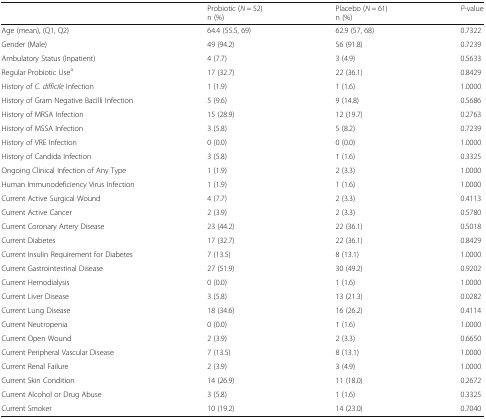
<table><thead><tr><td></td><td><b>Probiotic (<i>N</i> = 52)n (%)</b></td><td><b>Placebo (<i>N</i> = 61)n (%)</b></td><td><b><i>P</i>-value</b></td></tr></thead><tbody><tr><td>Age (mean), (Q1, Q2)</td><td>64.4 (55.5, 69)</td><td>62.9 (57, 68)</td><td>0.7322</td></tr><tr><td>Gender (Male)</td><td>49 (94.2)</td><td>56 (91.8)</td><td>0.7239</td></tr><tr><td>Ambulatory Status (Inpatient)</td><td>4 (7.7)</td><td>3 (4.9)</td><td>0.5633</td></tr><tr><td>Regular Probiotic Use<sup>a</sup></td><td>17 (32.7)</td><td>22 (36.1)</td><td>0.8429</td></tr><tr><td>History of <i>C. difficile</i> Infection</td><td>1 (1.9)</td><td>1 (1.6)</td><td>1.0000</td></tr><tr><td>History of Gram Negative Bacilli Infection</td><td>5 (9.6)</td><td>9 (14.8)</td><td>0.5686</td></tr><tr><td>History of MRSA Infection</td><td>15 (28.9)</td><td>12 (19.7)</td><td>0.2763</td></tr><tr><td>History of MSSA Infection</td><td>3 (5.8)</td><td>5 (8.2)</td><td>0.7239</td></tr><tr><td>History of VRE Infection</td><td>0 (0.0)</td><td>0 (0.0)</td><td>1.0000</td></tr><tr><td>History of Candida Infection</td><td>3 (5.8)</td><td>1 (1.6)</td><td>0.3325</td></tr><tr><td>Ongoing Clinical Infection of Any Type</td><td>1 (1.9)</td><td>2 (3.3)</td><td>1.0000</td></tr><tr><td>Human Immunodeficiency Virus Infection</td><td>1 (1.9)</td><td>1 (1.6)</td><td>1.0000</td></tr><tr><td>Current Active Surgical Wound</td><td>4 (7.7)</td><td>2 (3.3)</td><td>0.4113</td></tr><tr><td>Current Active Cancer</td><td>2 (3.9)</td><td>2 (3.3)</td><td>0.5780</td></tr><tr><td>Current Coronary Artery Disease</td><td>23 (44.2)</td><td>22 (36.1)</td><td>0.5018</td></tr><tr><td>Current Diabetes</td><td>17 (32.7)</td><td>22 (36.1)</td><td>0.8429</td></tr><tr><td>Current Insulin Requirement for Diabetes</td><td>7 (13.5)</td><td>8 (13.1)</td><td>1.0000</td></tr><tr><td>Current Gastrointestinal Disease</td><td>27 (51.9)</td><td>30 (49.2)</td><td>0.9202</td></tr><tr><td>Current Hemodialysis</td><td>0 (0.0)</td><td>1 (1.6)</td><td>1.0000</td></tr><tr><td>Current Liver Disease</td><td>3 (5.8)</td><td>13 (21.3)</td><td>0.0282</td></tr><tr><td>Current Lung Disease</td><td>18 (34.6)</td><td>16 (26.2)</td><td>0.4114</td></tr><tr><td>Current Neutropenia</td><td>0 (0.0)</td><td>1 (1.6)</td><td>1.0000</td></tr><tr><td>Current Open Wound</td><td>2 (3.9)</td><td>2 (3.3)</td><td>0.6650</td></tr><tr><td>Current Peripheral Vascular Disease</td><td>7 (13.5)</td><td>8 (13.1)</td><td>1.0000</td></tr><tr><td>Current Renal Failure</td><td>2 (3.9)</td><td>3 (4.9)</td><td>1.0000</td></tr><tr><td>Current Skin Condition</td><td>14 (26.9)</td><td>11 (18.0)</td><td>0.2672</td></tr><tr><td>Current Alcohol or Drug Abuse</td><td>3 (5.8)</td><td>1 (1.6)</td><td>0.3325</td></tr><tr><td>Current Smoker</td><td>10 (19.2)</td><td>14 (23.0)</td><td>0.7040</td></tr></tbody></table>